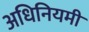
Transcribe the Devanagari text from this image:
अधिनियमी